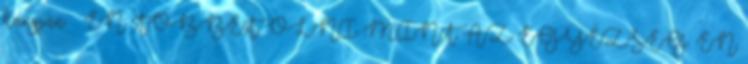
hangján – ÉN TÖBBET ÖLNI MINT AZ EGYEZSÉG. ÉN